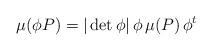
LaTeX: \begin{align*}\mu (\phi P) = |\det \phi| \, \phi \, \mu (P) \, \phi^t\end{align*}